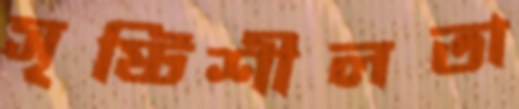
সৃষ্টিশীলতা